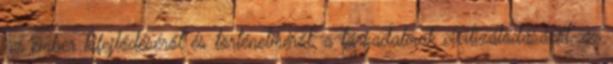
az ember kifejlődéséről és történelméről, a társadalmak civilizálódásáról, az